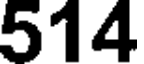
514